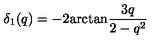
\delta _ { 1 } ( q ) = - 2 \mathrm { a r c t a n } \frac { 3 q } { 2 - q ^ { 2 } }